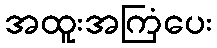
အထူးအကြံပေး